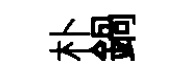
朴鍋